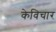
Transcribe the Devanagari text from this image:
केविचार